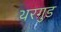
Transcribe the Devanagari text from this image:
थरगुड